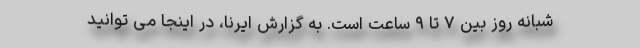
شبانه روز بین ۷ تا ۹ ساعت است. به گزارش ایرنا، در اینجا می توانید